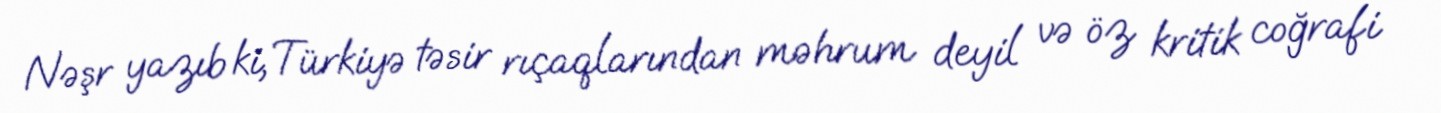
Nəşr yazıb ki, Türkiyə təsir rıçaqlarından məhrum deyil və öz kritik coğrafi